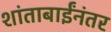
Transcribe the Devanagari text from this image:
शांताबाईंनंतर